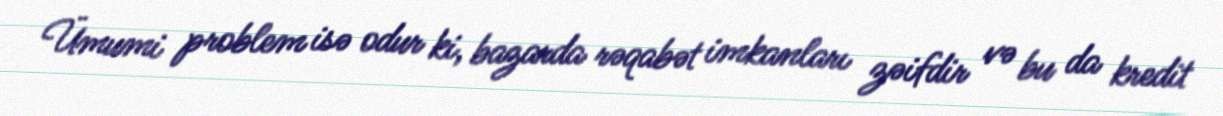
Ümumi problem isə odur ki, bazarda rəqabət imkanları zəifdir və bu da kredit